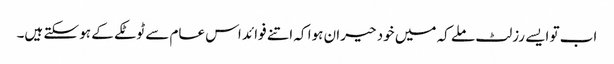
اب تو ایسے رزلٹ ملے کہ میں خود حیران ہوا کہ اتنے فوائد اس عام سے ٹوٹکے کے ہو سکتے ہیں۔